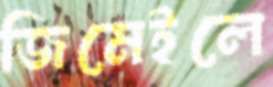
জিমেইলে